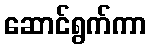
ဆောင်ရွက်ကာ